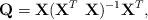
LaTeX: \begin{align*}\textbf{Q}=\textbf{X}(\textbf{X}^T\textbf{ X})^{-1}\textbf{X}^T,\end{align*}